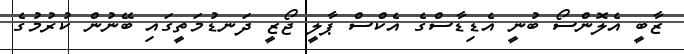
ޒާބީ އެލޮންސޯ ބުނީ އެޑިޑާސްގެ އެކްސް ޕާލީ ޖޯޒީ ދަނޑުމަތީގައި ބޭނުން ކުރުމުގެ